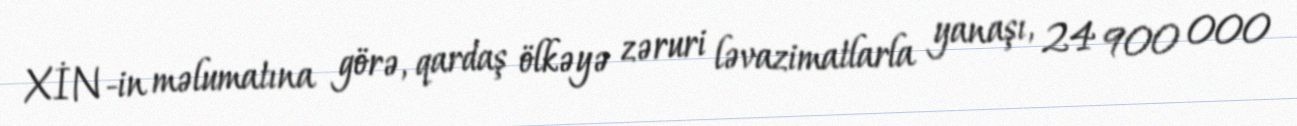
XİN-in məlumatına görə, qardaş ölkəyə zəruri ləvazimatlarla yanaşı, 24 900 000